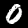
Label: 0